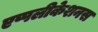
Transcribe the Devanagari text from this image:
एप्पलीकेशनस